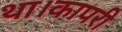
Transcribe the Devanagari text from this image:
था।कापरी